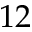
1 2